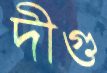
দীগু